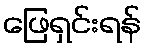
ဖြေရှင်းရန်